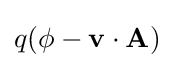
q(\phi -\mathbf {v} \cdot \mathbf {A} )